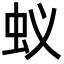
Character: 蚁